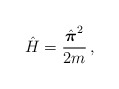
\begin{align*} {\hat H}={\hat{\mbox{\boldmath $ \pi$}}^2\over{2m}}\,,\end{align*}